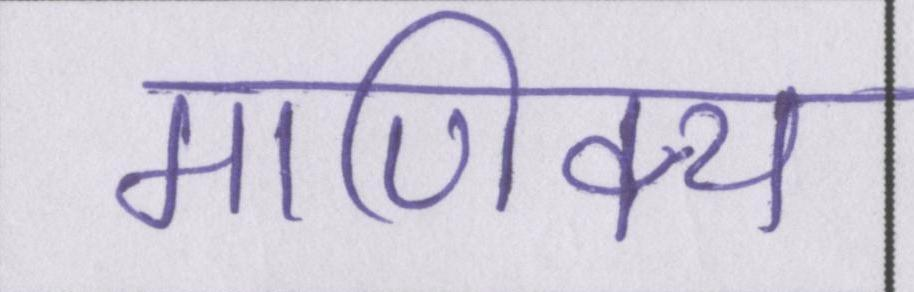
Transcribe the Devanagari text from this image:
माणिक्य